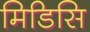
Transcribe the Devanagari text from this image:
मिडिसि